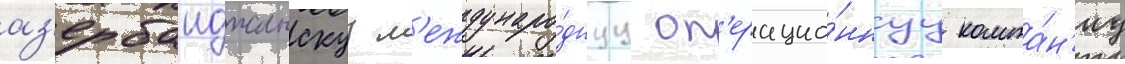
аз'ербаиджанскуу м'еждунаро́днуу оп'ерацио́ннуу компа́н'иу